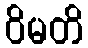
ဝိမတိ